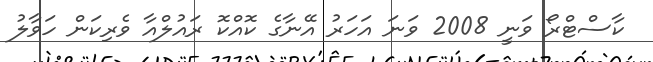
ކާސްޓްރޯ ވަނީ 2008 ވަނަ އަހަރު އޭނާގެ ކޮއްކޮ ރައުލްއާ ވެރިކަން ހަވާލު